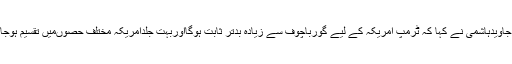
مخدوم جاویدہاشمی نے کہا کہ ٹرمپ امریکہ کے لیے گورباچوف سے زیادہ بدتر ثابت ہوگااوربہت جلدامریکہ مختلف حصوںمیں تقسیم ہوجائے گا۔